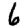
Digit: 6